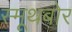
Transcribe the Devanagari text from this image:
स्मूथबोर